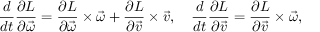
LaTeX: { \frac { d } { d t } } { \frac { \partial L } { \partial { \vec { \omega } } } } = { \frac { \partial L } { \partial { \vec { \omega } } } } \times { \vec { \omega } } + { \frac { \partial L } { \partial { \vec { v } } } } \times { \vec { v } } , \quad { \frac { d } { d t } } { \frac { \partial L } { \partial { \vec { v } } } } = { \frac { \partial L } { \partial { \vec { v } } } } \times { \vec { \omega } } ,